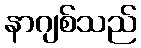
နာဂျစ်သည်